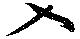
入